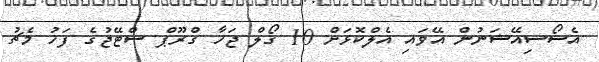
އެސޯސިއޭޝަނުން އޭވައި އެލްކޮޅަށް 10 ގޯލް ޖަހާ ގްރޫޕް ސްޓޭޖުގެ ފަހު މެޗު